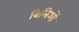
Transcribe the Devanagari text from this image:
बिलिओं